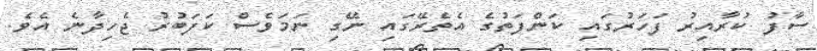
ސާފު ކުރާއިރު ފަހަރުގައި ކަންފަތުގެ އެތެރޭގައި ނޭގި ނަމަވެސް ކަފަބުރު ޖެހިދާނެ އެވެ.